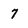
Character: 7